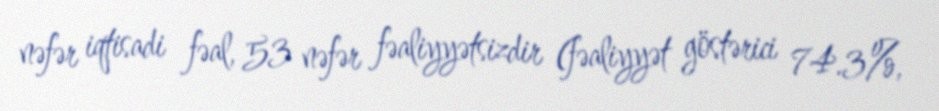
nəfər iqtisadi fəal, 53 nəfər fəaliyyətsizdir (fəaliyyət göstərici 74.3%,